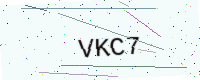
Text: VKC7